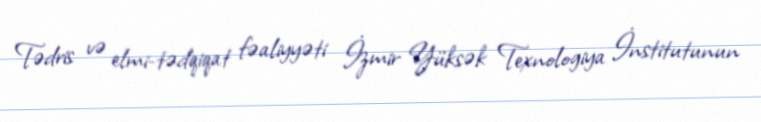
Tədris və elmi-tədqiqat fəaliyyəti İzmir Yüksək Texnologiya İnstitutunun